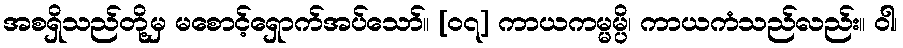
အစရှိသည်တို့မှ မစောင့်ရှောက်အပ်သော်။ [၀၇] ကာယကမ္မမ္ပိ၊ ကာယကံသည်လည်း။ ဝါ၊